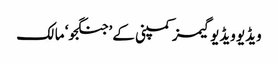
ویڈیو ویڈیو گیمز کمپنی کے ’جنگجو‘ مالک